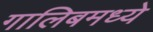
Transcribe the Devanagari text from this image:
गालिबमध्ये